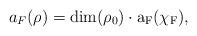
LaTeX: \begin{align*} a_F(\rho)=\rm{dim}(\rho_0)\cdot a_F(\chi_F), \end{align*}